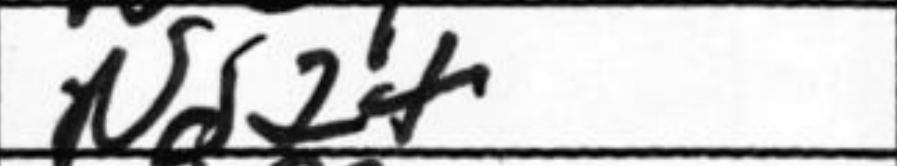
Transcription: Nd7+